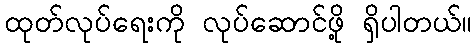
ထုတ်လုပ်ရေးကို လုပ်ဆောင်ဖို့ ရှိပါတယ်။